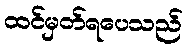
ထင်မှတ်ရပေသည်